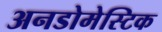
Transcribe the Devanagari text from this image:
अनडोमेस्टिक